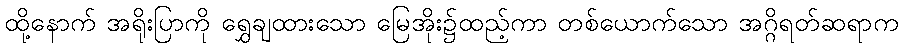
ထို့နောက် အရိုးပြာကို ရွှေချထားသော မြေအိုး၌ထည့်ကာ တစ်ယောက်သော အဂ္ဂိရတ်ဆရာက